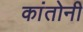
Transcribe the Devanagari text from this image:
कांतोनी